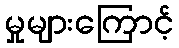
မှုများကြောင့်